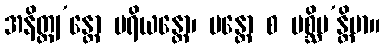
အနိတ္ထျ’န္တော ပရိယန္တော၊ ပန္တော စ ပစ္ဆိမ’န္တိမာ။